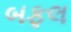
બફલ